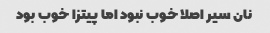
نان سیر اصلا خوب نبود اما پیتزا خوب بود